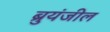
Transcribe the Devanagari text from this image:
ब्रुयंजील